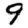
Digit: 9